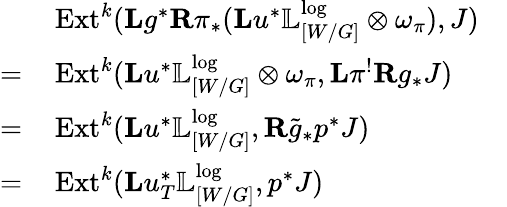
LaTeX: \begin{array}{rlr}&{\mathrm{Ext}^{k}(\mathbf{L}g^{*}\mathbf{R}\pi_{*}(\mathbf{L}u^{*}\mathbb{L}_{[W/G]}^{\log}\otimes\omega_{\pi}),J)}&\\ {=\, }&{\mathrm{Ext}^{k}(\mathbf{L}u^{*}\mathbb{L}_{[W/G]}^{\log}\otimes\omega_{\pi},\mathbf{L}\pi^{!}\mathbf{R}g_{*}J)}\\ {=\, }&{\mathrm{Ext}^{k}(\mathbf{L}u^{*}\mathbb{L}_{[W/G]}^{\log},\mathbf{R}\tilde{g}_{*}p^{*}J)}\\ {=\, }&{\mathrm{Ext}^{k}(\mathbf{L}u_{T}^{*}\mathbb{L}_{[W/G]}^{\log},p^{*}J)}\end{array}